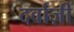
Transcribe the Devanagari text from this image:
दर्वाज़ी